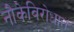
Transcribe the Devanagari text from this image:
नौकेविरोधात